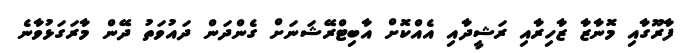
ފާރޫގާއި މޮނާޒާ ޒާހިރާއި ރަޝީދާއި އެއްކޮށް އާބިޓްރޭޝަނަށް ގެންދަން ދައުވަތު ދޭން މާރަގަޅުވާނެ